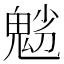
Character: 𩲿